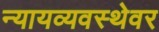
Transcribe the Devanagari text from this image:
न्यायव्यवस्थेवर